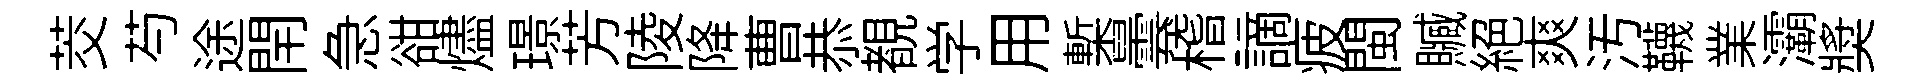
茭芍途閈急𧮳燼璟芳陵降曹恭覩学用槧曇稽謫疲閩贓絕爽汚韈業灞奬